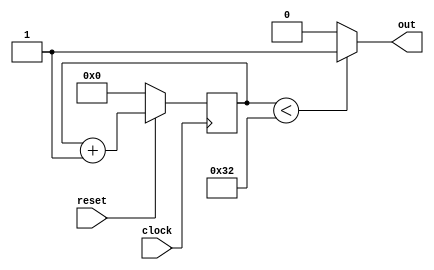
module pwm(clock,reset, out);
	input wire clock;
	input wire reset;
	output reg out;
	parameter N = 7;
	reg [N:0]count; //255

always @(posedge clock) begin
	if(!reset)
		count <= 0;
	else 
		count <= count + 1;
end 

always @* begin 
if (count < 50)
	out = 1;
else 
	out = 0;
end 
endmodule